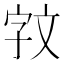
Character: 𫿰